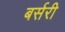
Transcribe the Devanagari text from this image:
बर्सरी